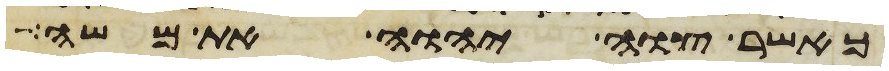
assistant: כאשר צוה יהוה את משה